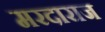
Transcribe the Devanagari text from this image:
मरदाराज